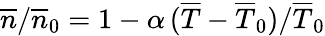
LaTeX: \overline{{n}}/\overline{{n}}_{0}=1-\alpha\, (\overline{{T}}-\overline{{T}}_{0})/\overline{{T}}_{0}